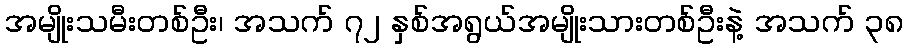
အမျိုးသမီးတစ်ဦး၊ အသက် ၇၂ နှစ်အရွယ်အမျိုးသားတစ်ဦးနဲ့ အသက် ၃၈